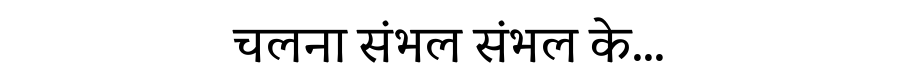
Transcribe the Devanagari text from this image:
चलना संभल संभल के...